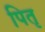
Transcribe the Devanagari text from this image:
पितृ